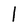
Character: l